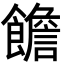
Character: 𩟋